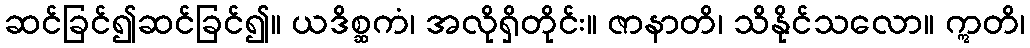
ဆင်ခြင်၍ဆင်ခြင်၍။ ယဒိစ္ဆကံ၊ အလိုရှိတိုင်း။ ဇာနာတိ၊ သိနိုင်သလော။ ဣတိ၊